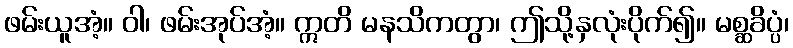
ဖမ်းယူအံ့။ ဝါ၊ ဖမ်းအုပ်အံ့။ ဣတိ မနသိကတွာ၊ ဤသို့နှလုံးပိုက်၍။ မစ္ဆခိပ္ပံ၊